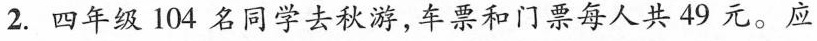
2.四年级104名同学去秋游，车票和门票每人共49元。应